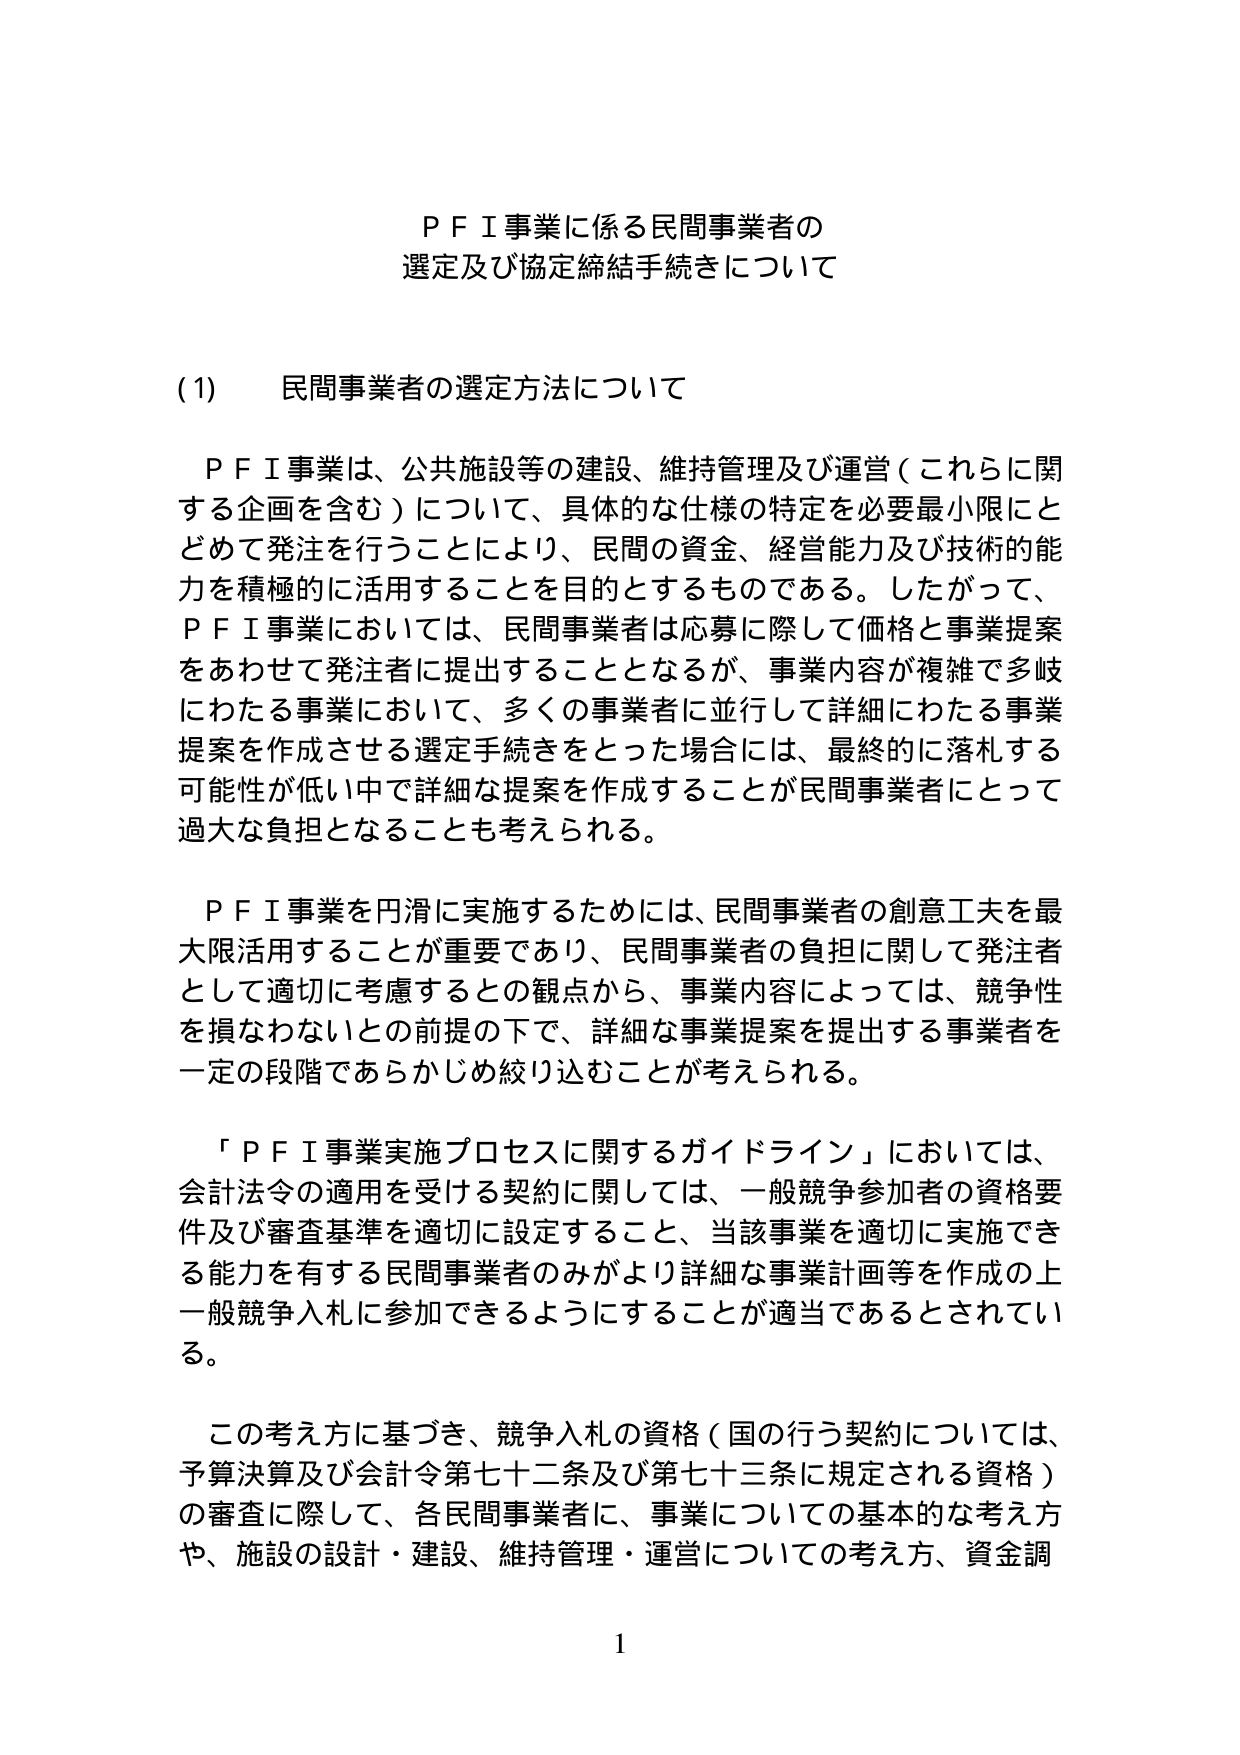
ＰＦＩ事業に係る民間事業者の
選定及び協定締結手続きについて

(1)　民間事業者の選定方法について

　ＰＦＩ事業は、公共施設等の建設、維持管理及び運営（これらに関する企画を含む）について、具体的な仕様の特定を必要最小限にとどめて発注を行うことにより、民間の資金、経営能力及び技術的能力を積極的に活用することを目的とするものである。したがって、ＰＦＩ事業においては、民間事業者は応募に際して価格と事業提案をあわせて発注者に提出することとなるが、事業内容が複雑で多岐にわたる事業において、多くの事業者に並行して詳細にわたる事業提案を作成させる選定手続きをとった場合には、最終的に落札する可能性が低い中で詳細な提案を作成することが民間事業者にとって過大な負担となることも考えられる。

　ＰＦＩ事業を円滑に実施するためには、民間事業者の創意工夫を最大限活用することが重要であり、民間事業者の負担に関して発注者として適切に考慮するとの観点から、事業内容によっては、競争性を損なわないとの前提の下で、詳細な事業提案を提出する事業者を一定の段階であらかじめ絞り込むことが考えられる。

　「ＰＦＩ事業実施プロセスに関するガイドライン」においては、会計法令の適用を受ける契約に関しては、一般競争参加者の資格要件及び審査基準を適切に設定すること、当該事業を適切に実施できる能力を有する民間事業者のみがより詳細な事業計画等を作成の上一般競争入札に参加できるようにすることが適当であるとされている。

　この考え方に基づき、競争入札の資格（国の行う契約については、予算決算及び会計令第七十二条及び第七十三条に規定される資格）の審査に際して、各民間事業者に、事業についての基本的な考え方や、施設の設計・建設、維持管理・運営についての考え方、資金調

1